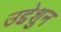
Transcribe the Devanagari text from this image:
उद्देशुन